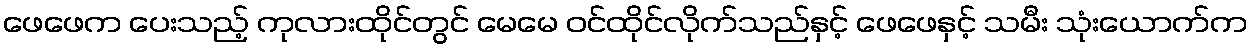
ဖေဖေက ပေးသည့် ကုလားထိုင်တွင် မေမေ ဝင်ထိုင်လိုက်သည်နှင့် ဖေဖေနှင့် သမီး သုံးယောက်က